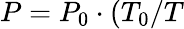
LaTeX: P=P_{0}\cdot(T_{0}/T